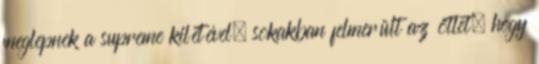
meglepnek a supreme kilétével, sokakban felmerült az ötlet, hogy